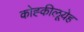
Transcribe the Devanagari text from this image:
कोह्कीलूयेह